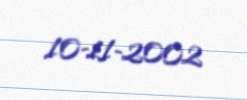
10-11-2002